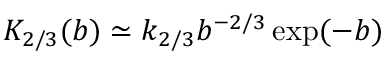
K _ { 2 / 3 } ( b ) \simeq k _ { 2 / 3 } b ^ { - 2 / 3 } \exp ( - b )